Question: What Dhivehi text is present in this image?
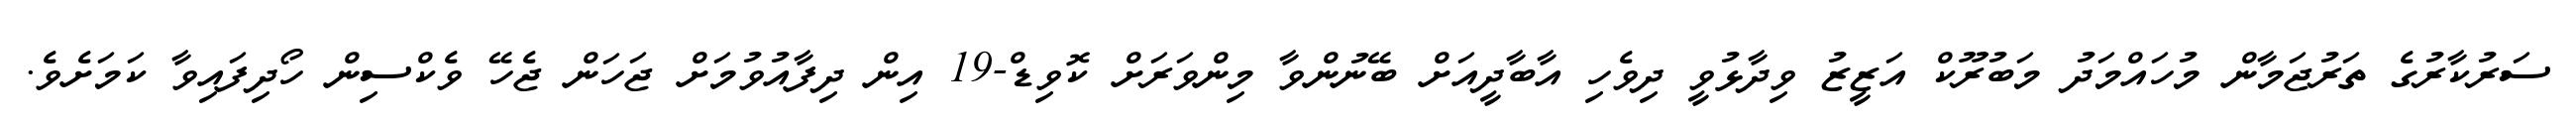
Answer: ސަރުކާރުގެ ތަރުޖަމާން މުހައްމަދު މަބުރޫކް އަޒީޒު ވިދާޅުވީ ދިވެހި އާބާދީއަށް ބޭނުންވާ މިންވަރަށް ކޮވިޑް-19 އިން ދިފާއުވުމަށް ޖަހަން ޖެހޭ ވެކްސިން ހޯދިފައިވާ ކަމަށެވެ.